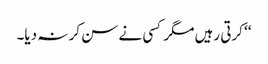
‘‘ کرتی رہیں مگر کسی نے سن کر نہ دیا۔